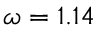
\omega = 1 . 1 4